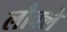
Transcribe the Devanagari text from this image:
लौक्ले